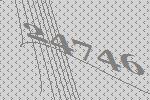
24746